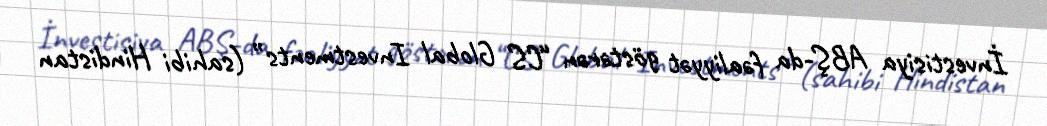
İnvestisiya ABŞ-da fəaliyyət göstərən “CS Global Investments” (sahibi Hindistan